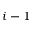
i - 1